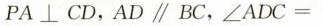
PA\botCD，AD\parallel BC，$$∠ A D C =